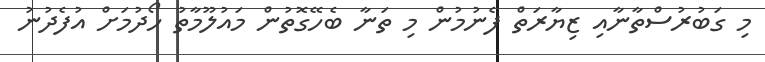
މި ގަބުރުސްތާނާއި ޒިޔާރަތް ފެނުމުން މި ތަނާ ބެހޭގޮތުން މައުލޫމާތު ހޯދުމަށް އުފެދުނު